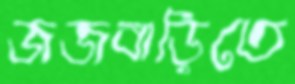
জজবাড়িতে